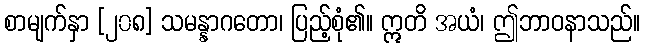
စာမျက်နှာ [၂၀၈] သမန္နာဂတော၊ ပြည့်စုံ၏။ ဣတိ အယံ၊ ဤဘာဝနာသည်။